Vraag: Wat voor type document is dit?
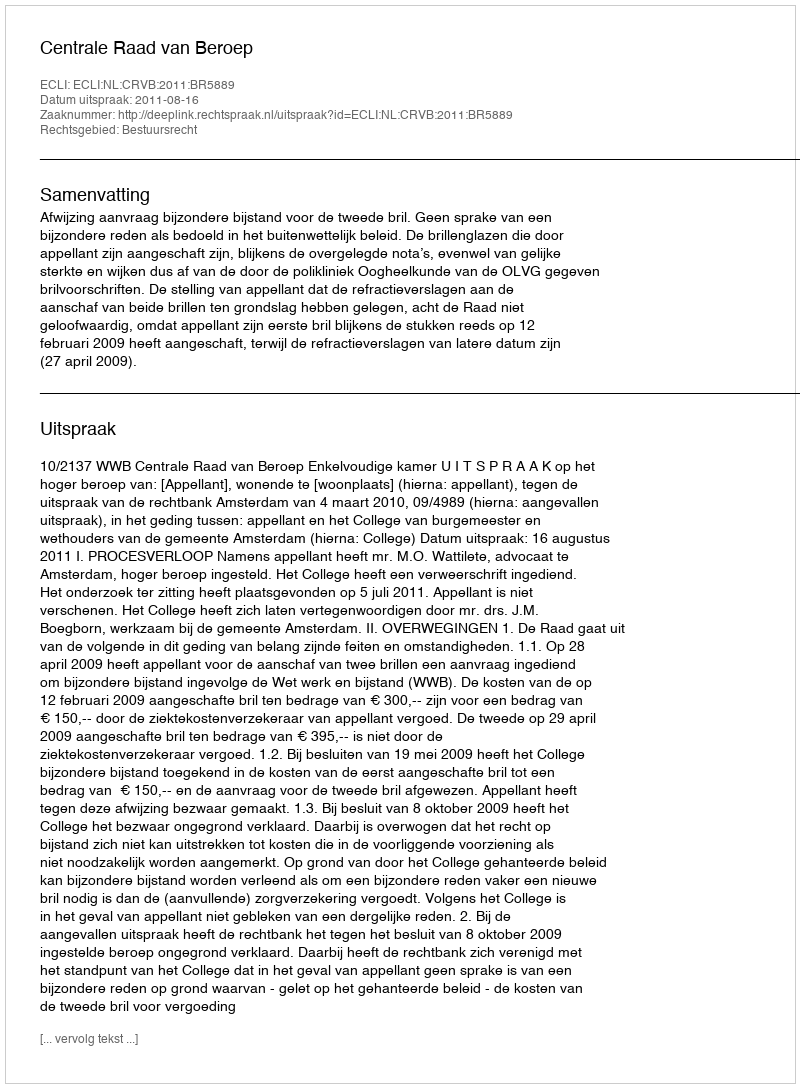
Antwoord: Uitspraak